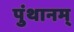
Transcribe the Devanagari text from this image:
पुंथानम्